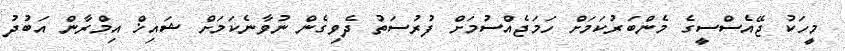
މީހަކު ޖޭއެސްސީގެ މެންބަރުކަމަށް ހަމަޖެއްސުމަށް ފުރުސަތު ދެވިގެން ނުވާނެކަމަށް ޝައިޚް އިމްރާން އަބުދު